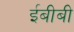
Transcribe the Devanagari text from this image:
ईबीबी